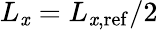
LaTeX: L_{\mathit{x}}=L_{\mathit{x},\mathrm{{ref}}}/2